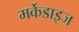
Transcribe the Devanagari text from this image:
मर्केडाइज